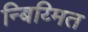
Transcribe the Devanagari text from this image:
न्बिय्मित